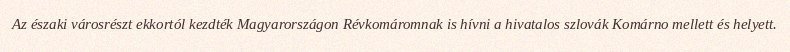
Az északi városrészt ekkortól kezdték Magyarországon Révkomáromnak is hívni a hivatalos szlovák Komárno mellett és helyett.